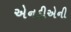
એનડીએની